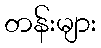
တန်းများ